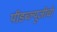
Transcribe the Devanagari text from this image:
पीडब्ल्यूजीची